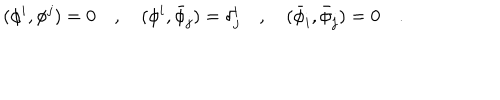
( \phi ^ { i } , \phi ^ { j } ) = 0 \quad , \quad ( \phi ^ { i } , { \bar { \phi } } _ { j } ) = \delta _ { j } ^ { i } \quad , \quad ( { \bar { \phi } } _ { i } , { \bar { \phi } } _ { j } ) = 0 \quad .